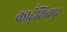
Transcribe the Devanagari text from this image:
काहूँशिवपुर